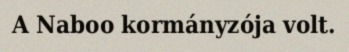
A Naboo kormányzója volt.